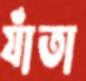
যাঁতা